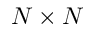
N \times N